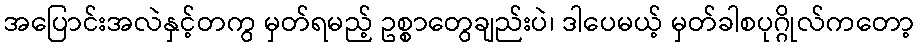
အပြောင်းအလဲနှင့်တကွ မှတ်ရမည့် ဥစ္စာတွေချည်းပဲ၊ ဒါပေမယ့် မှတ်ခါစပုဂ္ဂိုလ်ကတော့